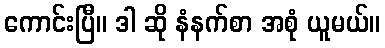
ကောင်းပြီ။ ဒါ ဆို နံနက်စာ အစုံ ယူမယ်။